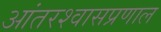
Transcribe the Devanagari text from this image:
आंतरश्वासप्रणाल